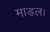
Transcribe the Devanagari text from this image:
माडल।